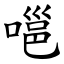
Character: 嗈